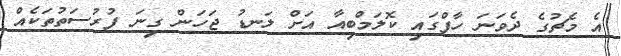
އެ މެޗުގެ ދެވަނަ ހާފްގައި ކޮލަމްބިއާ އަށް ލަނޑު ޖަހަން ގިނަ ފުރުސަތުތަކެއް